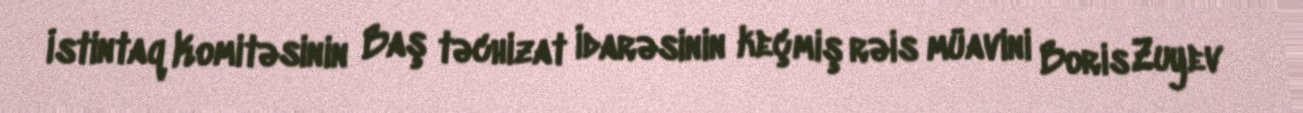
İstintaq Komitəsinin Baş təchizat İdarəsinin keçmiş rəis müavini Boris Zuyev